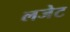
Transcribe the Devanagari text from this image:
लजेट